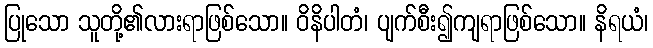
ပြုသော သူတို့၏လားရာဖြစ်သော။ ဝိနိပါတံ၊ ပျက်စီး၍ကျရာဖြစ်သော။ နိရယံ၊